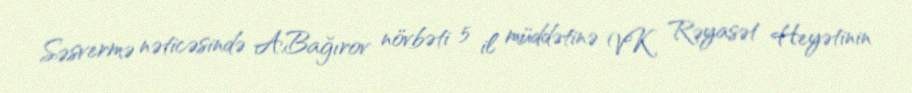
Səsvermə nəticəsində A.Bağırov növbəti 5 il müddətinə VK Rəyasət Heyətinin